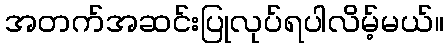
အတက်အဆင်းပြုလုပ်ရပါလိမ့်မယ်။